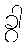
ခွာ